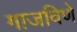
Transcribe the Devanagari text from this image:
गाजविणे